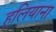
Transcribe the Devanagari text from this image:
हूलियाना